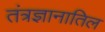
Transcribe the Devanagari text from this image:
तंत्रज्ञानातिल